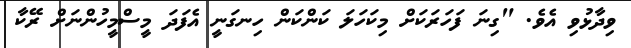
ވިދާޅުވި އެވެ. "ގިނަ ފަހަރަކަށް މިކަހަލަ ކަންކަން ހިނގަނީ އެފަދަ މީސްމީހުންނަށް ރޭކާ